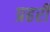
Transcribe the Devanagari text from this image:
प्रहरीं